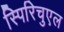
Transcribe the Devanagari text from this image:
स्पिरिचुएल